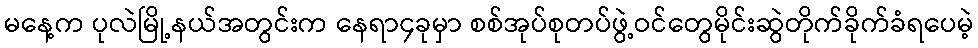
မနေ့က ပုလဲမြို့နယ်အတွင်းက နေရာ၄ခုမှာ စစ်အုပ်စုတပ်ဖွဲ့ဝင်တွေမိုင်းဆွဲတိုက်ခိုက်ခံရပေမဲ့